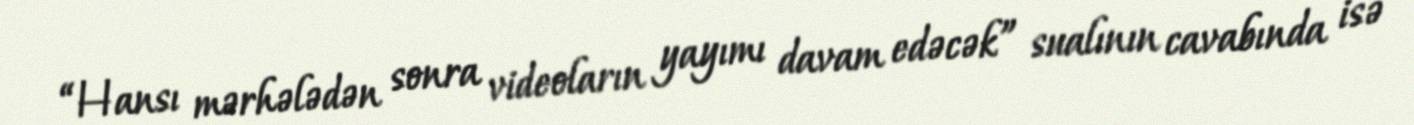
“Hansı mərhələdən sonra videoların yayımı davam edəcək” sualının cavabında isə